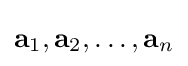
\mathbf {a} _{1},\mathbf {a} _{2},\ldots ,\mathbf {a} _{n}